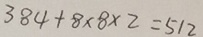
3 8 4 + 8 \times 8 \times 2 = 5 1 2